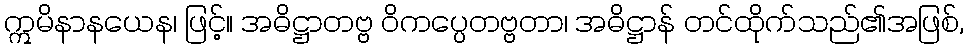
ဣမိနာနယေန၊ ဖြင့်။ အဓိဋ္ဌာတဗ္ဗ ဝိကပ္ပေတဗ္ဗတာ၊ အဓိဋ္ဌာန် တင်ထိုက်သည်၏အဖြစ်,